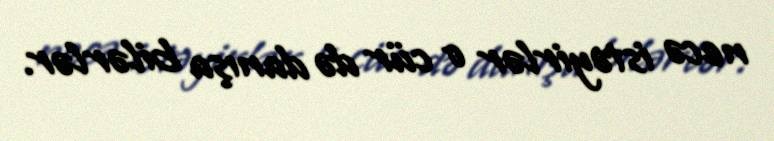
necə istəyirlər o cür də danışa bilərlər.